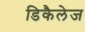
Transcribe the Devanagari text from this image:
डिकैलेज